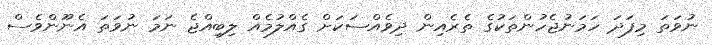
ނުވަތަ މިފަދަ ހަމަނުޖެހުންތަކުގެ ތެރެއިން ދިވެއްސަކަށް ގެއްލުމެއް ލިބިއްޖެ ނަމަ ނުވަތަ އެނޫންވެސް